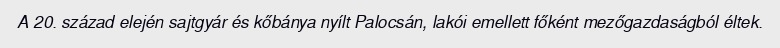
A 20. század elején sajtgyár és kőbánya nyílt Palocsán, lakói emellett főként mezőgazdaságból éltek.